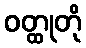
ဝတ္ထုတို